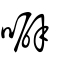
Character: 噼